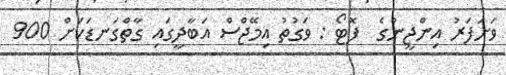
ވަށަފަރު އިންޖީނުގެ  ފޮޓޯ : ވަގުތު އިމޭޖްސް އަބާދީގައި ގާތްގަނޑަކަށް 900